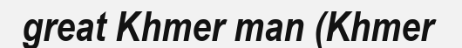
great Khmer man (Khmer